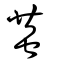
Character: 蛬